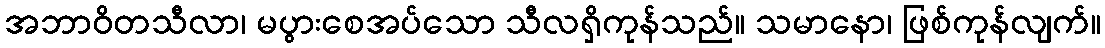
အဘာဝိတသီလာ၊ မပွားစေအပ်သော သီလရှိကုန်သည်။ သမာနော၊ ဖြစ်ကုန်လျက်။